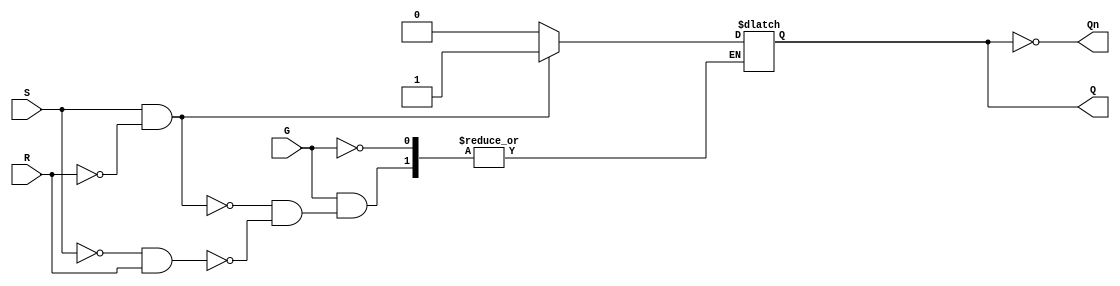
module gated_sr_latch (
    input wire S,      // Set input
    input wire R,      // Reset input
    input wire G,      // Enable input
    output reg Q,      // Output Q
    output wire Qn     // Complementary output Q'
);

    // Always block triggered on changes to S, R, or G
    always @(S, R, G) begin
        if (G) begin
            if (S && ~R) begin
                Q <= 1'b1;  // Set Q to 1
            end else if (~S && R) begin
                Q <= 1'b0;  // Reset Q to 0
            end else if (~S && ~R) begin
                // Maintain current state (no change)
                Q <= Q;     // This line is optional, showing state retention
            end else begin
                // Invalid state (S=1, R=1) - usually handled in real designs
                // Here we will do nothing (or can be left unspecified)
                // Q <= Q; // Retain current state
            end
        end
        // If G is low, retain the previous state of Q automatically.
    end

    // Complementary output
    assign Qn = ~Q;  // Q' is the inverse of Q

endmodule